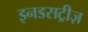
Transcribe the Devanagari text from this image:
इनडसट्रीज़